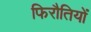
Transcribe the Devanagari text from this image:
फिरौतियों